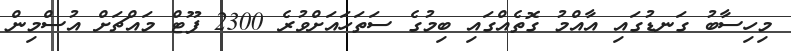
މިހިސާބު ގަނޑުގައި އާއްމު ގޮތެއްގައި ބިމުގެ ސަތަހައަށްވުރެ 2300 ފޫޓް މައްޗަށް އުސްމިން